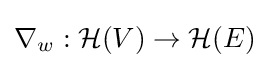
\nabla _{w}:{\mathcal {H}}(V)\rightarrow {\mathcal {H}}(E)